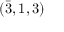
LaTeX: ( { \bar { 3 } } , 1 , 3 )